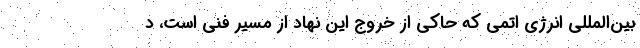
بین‌المللی انرژی اتمی که حاکی از خروج این نهاد از مسیر فنی است، د